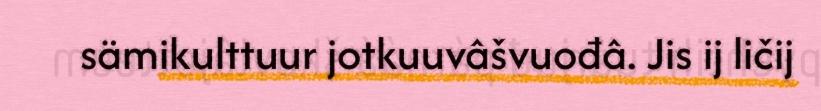
sämikulttuur jotkuuvâšvuođâ. Jis ij ličij